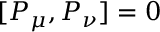
~ [ P _ { \mu } , P _ { \nu } ] = 0